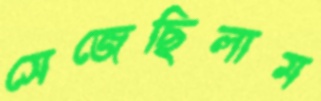
সেজেছিলাম